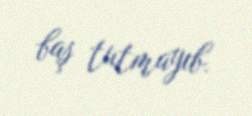
baş tutmayıb.